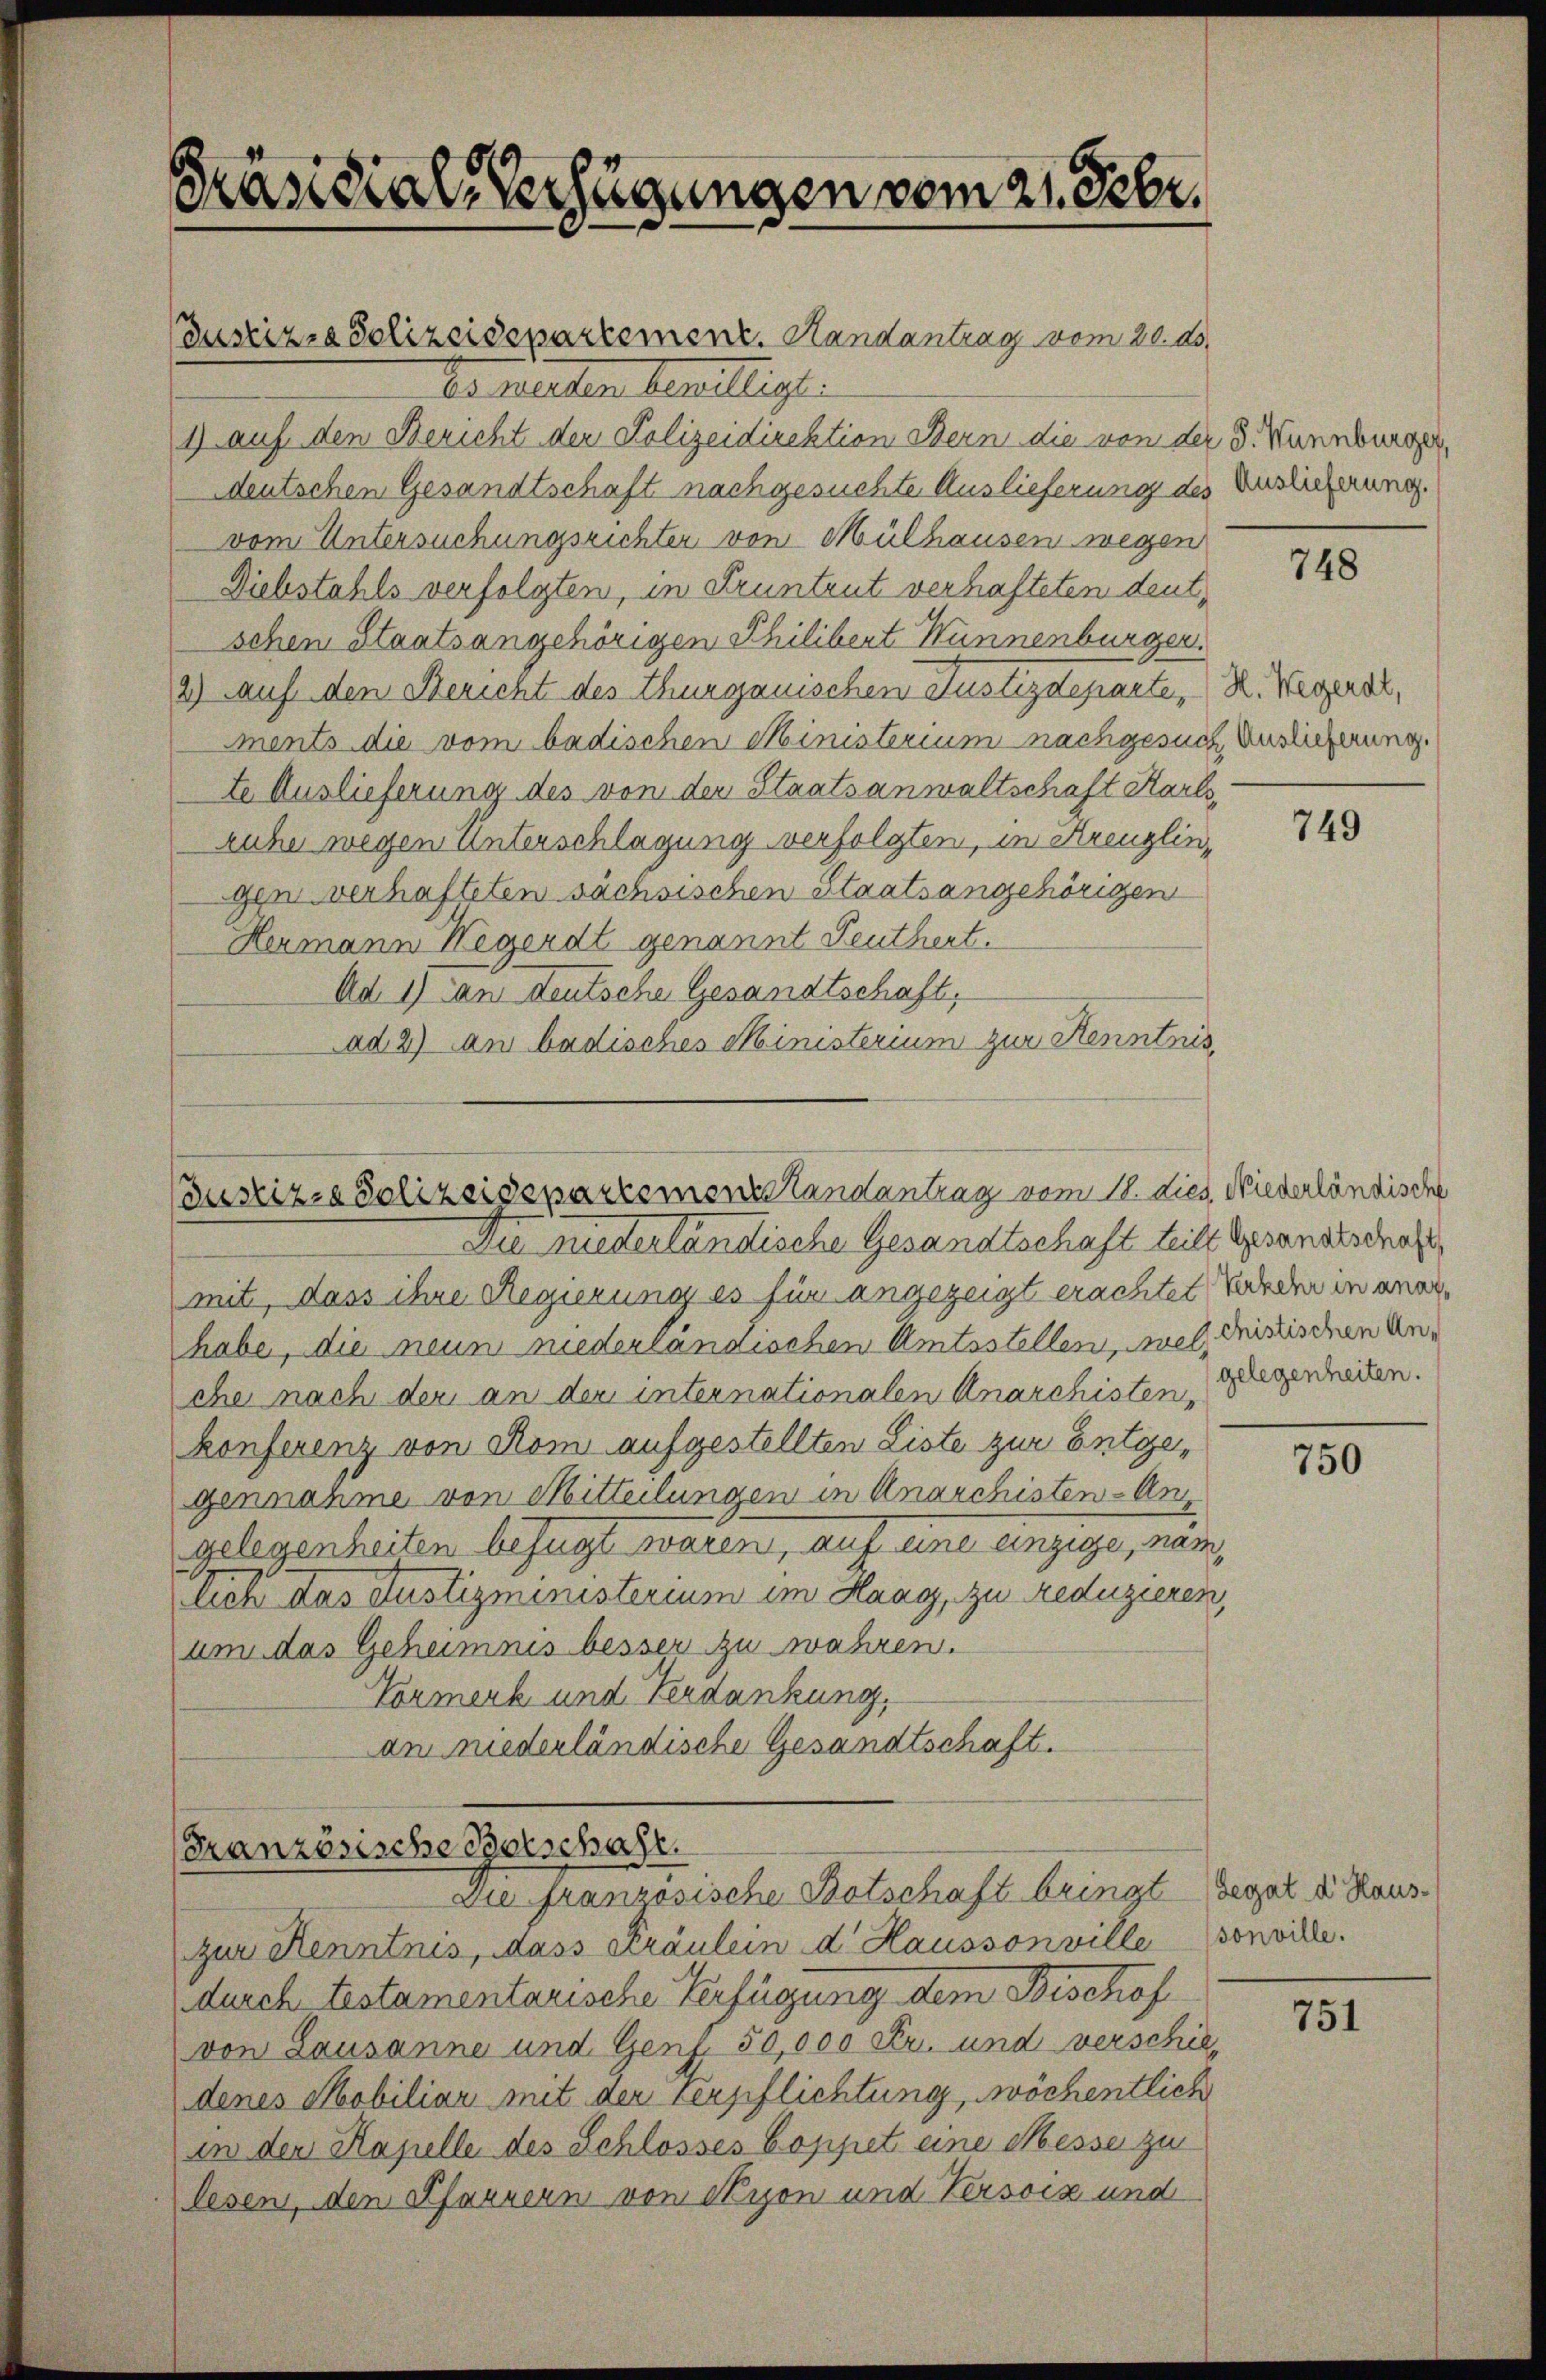
Präsidial-Verfügungen vom 21. Febr.

Justizra Polizeidepartement. Randantrag vom 20. ds.
ds hielten bewilligt.
1) auf den Bericht der Polizeidirektion Bern die von der S. Wannburger,
deutschen Gesandtschaft nachgesuchte Auslieferung des Verlicherung.
vom Untersuchungsrichter von Mülhausen wegen
Diebstahls verfolgten, in Pruntrut verhafteten deutschen Staatsangehörigen Philibert Wunnenburger.
2.) Auf den Bericht des Thurgauischen Justizdeparte, R. Wegers,
ments die vom badischen Ministerium nachgesuch Auslieferung.
te Auslieferung des von der Staatsanwaltschaft Karlsruhe wegen Unterschlagung verfolgten, in Kreuzlingen verhafteten sächsischen Staatsangehörigen
Hermann Wegendt genannt Leutherte
Ad 1) an deutsche Gesandtschaft,
ad 2) an badisches Ministerium zur Kenntnis

Die niederländische Gesandtschaft teilt Gesandtschaft
mit, dass ihre Regierung es für angezeigt erachtet weder in anerhabe, die neun niederländischen Amtsstellensel, deistischen An-
che nach der an der internationalen Anarchisten,
konferenz von Rom aufgestellten Liste zur Entgegennahme von Mitteilungen in Anarchisten-An
gelegenheiten befugt waren, auf eine einzige, nam
lich das Justizministerium im Haag, zu reduzieren,
um das Geheimnis besser zu wahren.
Tormerk und Verdankung,
am niederländische Gesandtschaft.

(Justiz- Polizeisepartementstandantrag vom 18. dies. Niederländische

Französische Belschaft.
Die französische Botschaft bringt Gegal die Haus¬

zur Kenntnis, dass Fräulein d. Haussonville sonville.
durch testamentarische Verfügung dem Beschof
von Lausanne und Genf. 50,000 Fr. und verschiedenes Mobiliar mit der verpflichtung, wöchentlich
in der Kapelle des Schlosses Boppet eine Messe zu
lesen, den Pfarrern von Nyon und Versoiz und

748

749

gelegenheiten.

750

751